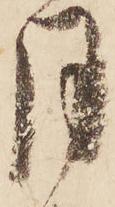
月